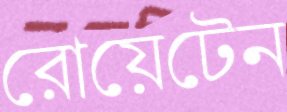
রোয়েটেন